Scottish Leaving Certificate Examination, 1961
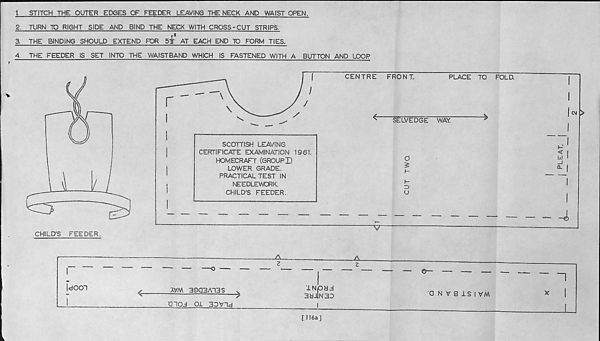
t
STITCH THE OUTER EDGES OF FEEDER LEAVING THE NECK AND WAIST OPEN.
2. TURN TO RIGHT SIDE AND BIND THE NECK WITH CROSS-CUT STRIPS.
3.
THE BINDING SHOULD EXTEND FOR 5t AT EACH END ID FORM TIES.
4.
THE FEEDER IS SET INTO THE WAISTBAND WHICH IS FASTENED WITH A BUTTON AND LOOP
IdOOl
S
<~
AVM 39Q3A13S
INOHJ
3dJiN 30
Q N V Q 1S I VM
•aiOd Ol 30Vld
I